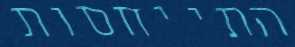
התייחסות